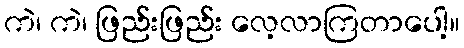
ကဲ၊ ကဲ၊ ဖြည်းဖြည်း လေ့လာကြတာပေါ့။